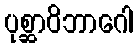
ပုစ္ဆာဝိဘာဂေါ